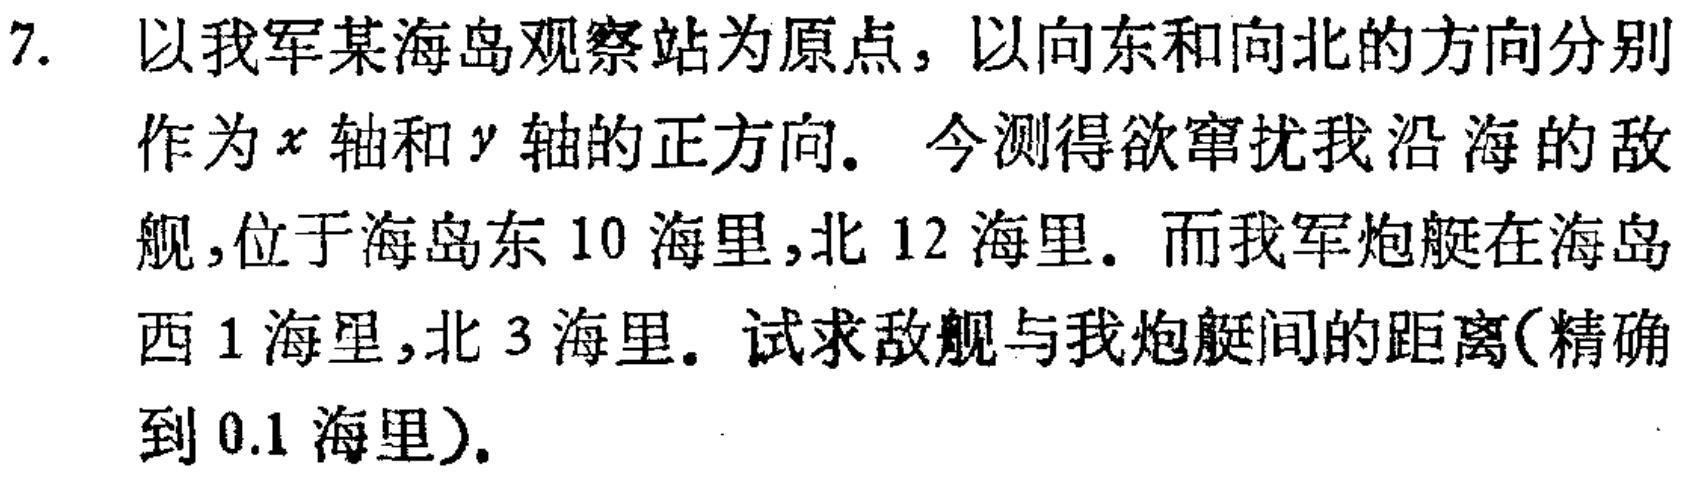
7. 以我军某海岛观察站为原点，以向东和向北的方向分别作为\(x\)轴和\(y\)轴的正方向。今测得欲窜扰我沿海的敌舰，位于海岛东\(10\)海里，北\(12\)海里。而我军炮艇在海岛西\(1\)海里，北\(3\)海里。试求敌舰与我炮艇间的距离(精确到\(0.1\)海里)。